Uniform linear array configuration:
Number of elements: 32
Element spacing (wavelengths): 0.25
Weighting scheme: cosine
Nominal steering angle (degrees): -15
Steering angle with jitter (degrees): -16.893
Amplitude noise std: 0.05
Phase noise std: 0.05

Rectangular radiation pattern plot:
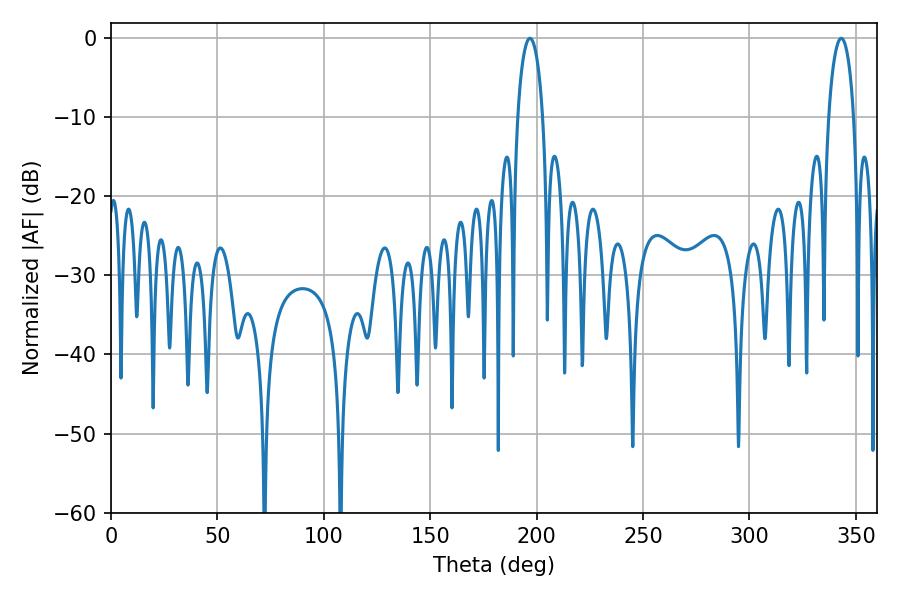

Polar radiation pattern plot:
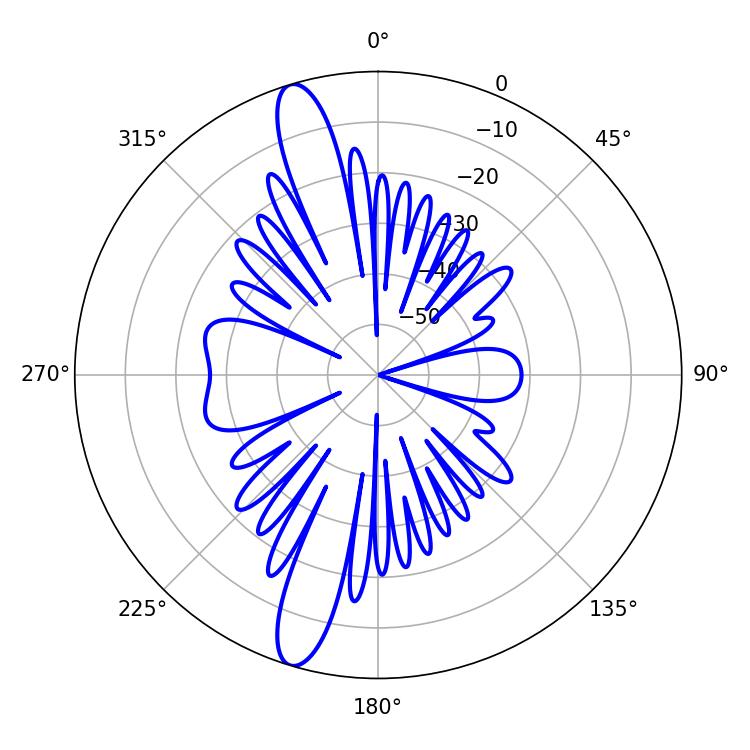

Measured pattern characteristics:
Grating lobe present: FALSE
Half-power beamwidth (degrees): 6.84
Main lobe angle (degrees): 343.08